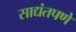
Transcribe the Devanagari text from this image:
साद्यंतपणे